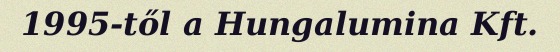
1995-től a Hungalumina Kft.